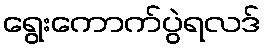
ရွေးကောက်ပွဲရလဒ်